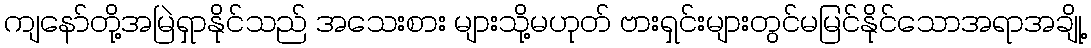
ကျနော်တို့အမြဲရှာနိုင်သည် အသေးစား များသို့မဟုတ် ဗားရှင်းများတွင်မမြင်နိုင်သောအရာအချို့